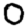
Digit: 0